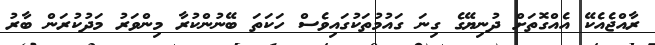
ރާއްޖެއެކޭ އެއްގޮތަށް ދުނިޔޭގެ ގިނަ ގައުމުތަކުގައިވެސް ހަކަތަ ބޭނުންކުރާ މިންވަރު މަދުކުރަން ބާރު